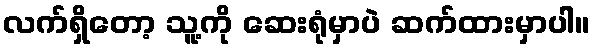
လက်ရှိတော့ သူ့ကို ဆေးရုံမှာပဲ ဆက်ထားမှာပါ။